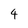
Character: 4